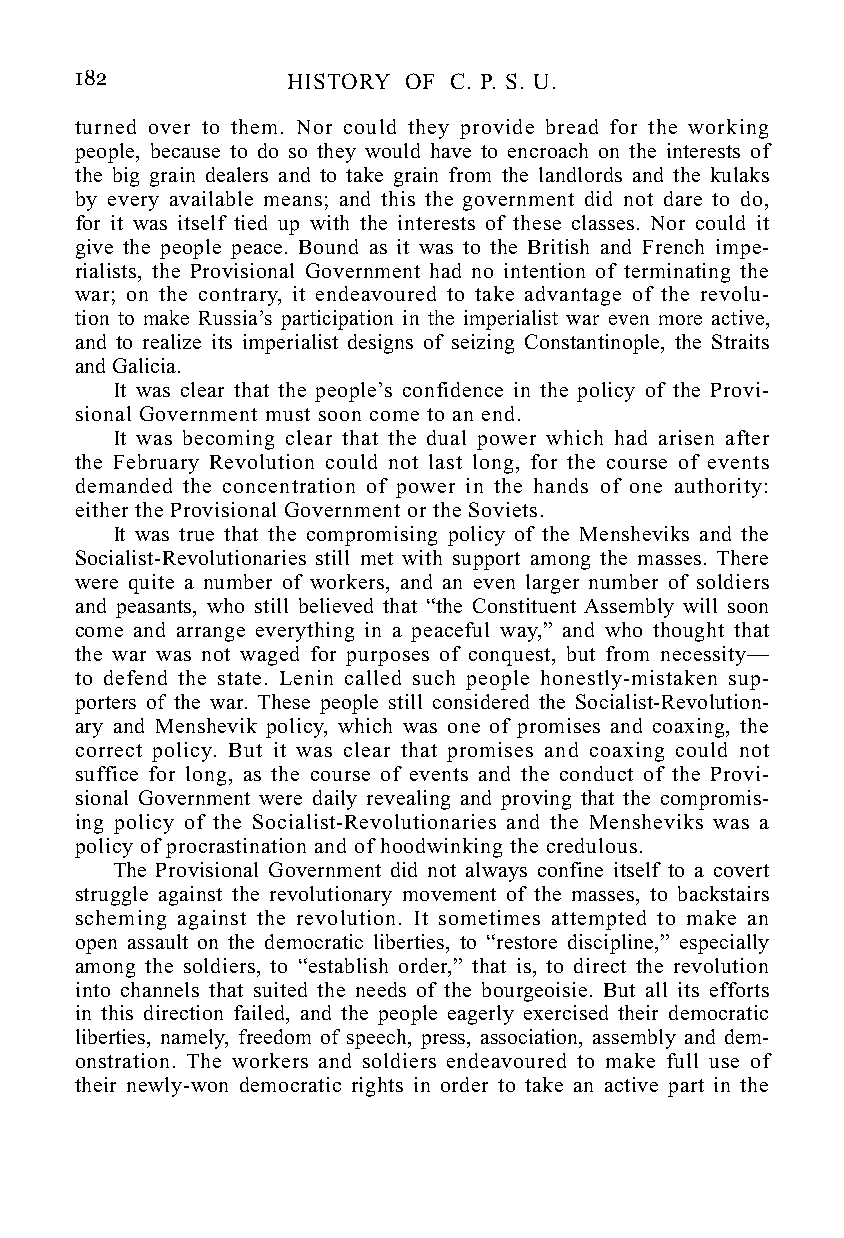
182           HISTORY OF C. P. S. U.
 turned over to them. Nor could they provide bread for the working
 people, because to do so they would have to encroach on the interests of
 the big grain dealers and to take grain from the landlords and the kulaks
 by every available means; and this the government did not dare to do,
 for it was itself tied up with the interests of these classes. Nor could it
 give the people peace. Bound as it was to the British and French impe-
 rialists, the Provisional Government had no intention of terminating the
 war; on the contrary, it endeavoured to take advantage of the revolu-
 tion to make Russia’s participation in the imperialist war even more active,
 and to realize its imperialist designs of seizing Constantinople, the Straits
 and Galicia.
 It was clear that the people’s confidence in the policy of the Provi-
 sional Government must soon come to an end.
 It was becoming clear that the dual power which had arisen after
 the February Revolution could not last long, for the course of events
 demanded the concentration of power in the hands of one authority:
 either the Provisional Government or the Soviets.
 It was true that the compromising policy of the Mensheviks and the
 Socialist-Revolutionaries still met with support among the masses. There
 were quite a number of workers, and an even larger number of soldiers
 and peasants, who still believed that “the Constituent Assembly will soon
 come and arrange everything in a peaceful way,” and who thought that
 the war was not waged for purposes of conquest, but from necessity—
 to defend the state. Lenin called such people honestly-mistaken sup-
 porters of the war. These people still considered the Socialist-Revolution-
 ary and Menshevik policy, which was one of promises and coaxing, the
 correct policy. But it was clear that promises and coaxing could not
 suffice for long, as the course of events and the conduct of the Provi-
 sional Government were daily revealing and proving that the compromis-
 ing policy of the Socialist-Revolutionaries and the Mensheviks was a
 policy of procrastination and of hoodwinking the credulous.
 The Provisional Government did not always confine itself to a covert
 struggle against the revolutionary movement of the masses, to backstairs
 scheming against the revolution. It sometimes attempted to make an
 open assault on the democratic liberties, to “restore discipline,” especially
 among the soldiers, to “establish order,” that is, to direct the revolution
 into channels that suited the needs of the bourgeoisie. But all its efforts
 in this direction failed, and the people eagerly exercised their democratic
 liberties, namely, freedom of speech, press, association, assembly and dem-
 onstration. The workers and soldiers endeavoured to make full use of
 their newly-won democratic rights in order to take an active part in the